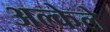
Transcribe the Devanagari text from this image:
अल्केले